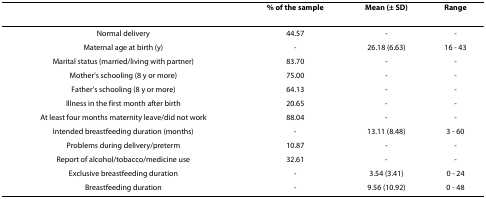
|  | % of the sample | Mean (± SD) | Range |
 | --- | --- | --- | --- |
 | Normal delivery | 44.57 | - | - |
 | Maternal age at birth (y) | - | 26.18 (6.63) | 16 - 43 |
 | Marital status (married/living with partner) | 83.70 | - | - |
 | Mother's schooling (8 y or more) | 75.00 | - | - |
 | Father's schooling (8 y or more) | 64.13 | - | - |
 | Illness in the first month after birth | 20.65 | - | - |
 | At least four months maternity leave/did not work | 88.04 | - | - |
 | Intended breastfeeding duration (months) | - | 13.11 (8.48) | 3 - 60 |
 | Problems during delivery/preterm | 10.87 | - | - |
 | Report of alcohol/tobacco/medicine use | 32.61 | - | - |
 | Exclusive breastfeeding duration | - | 3.54 (3.41) | 0 - 24 |
 | Breastfeeding duration | - | 9.56 (10.92) | 0 - 48 |